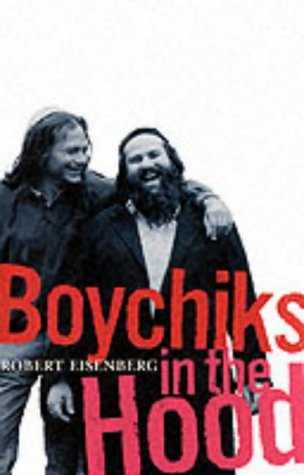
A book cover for Boychiks in the Hood; Robert Eisenberg; Travel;